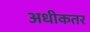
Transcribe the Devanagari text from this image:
अधीकतर